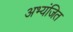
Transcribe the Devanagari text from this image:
अभ्यंजित